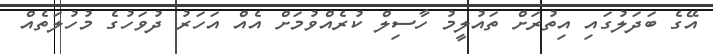
އޭގެ ބަދަލުގައި އިތުރަށް ތައުލީމު ހާސިލް ކުރެއްވުމަށް އެއް އަހަރު ދުވަހުގެ މުހުލަތެއް